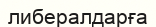
либералдарға